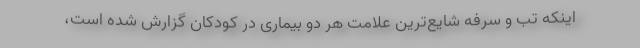
اینکه تب و سرفه شایع‌ترین علامت هر دو بیماری در کودکان گزارش شده است،